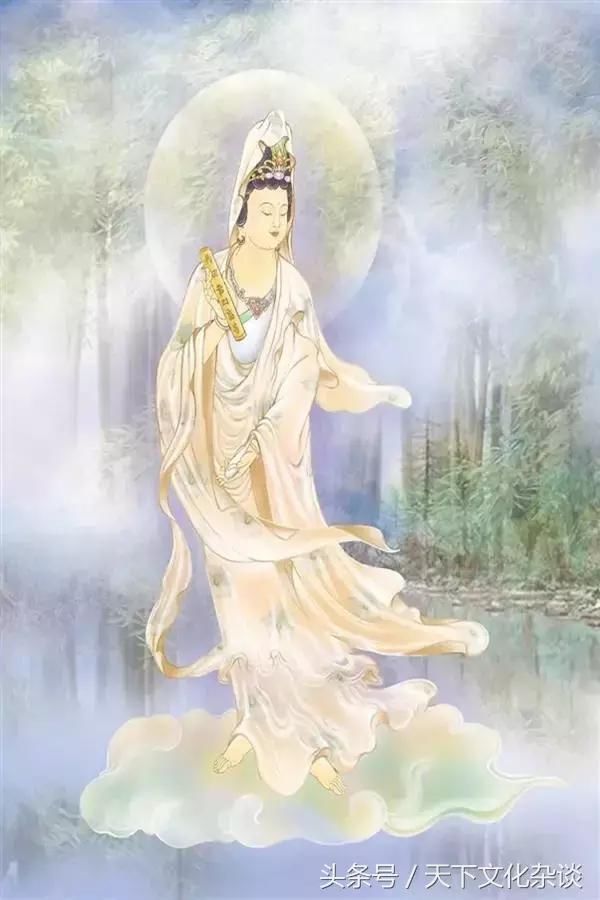
春江暖涨桃花水。画舫珠帘，载酒东风里。